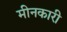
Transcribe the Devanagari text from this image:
मीनकारी